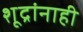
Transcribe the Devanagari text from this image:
शूद्रांनाही